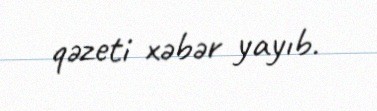
qəzeti xəbər yayıb.